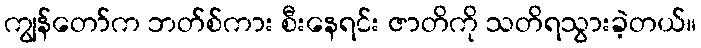
ကျွန်တော်က ဘတ်စ်ကား စီးနေရင်း ဇာတိကို သတိရသွားခဲ့တယ်။